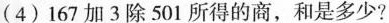
(4)167加3除501所得的商，和是多少?